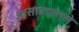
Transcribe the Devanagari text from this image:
ओसाक्यातले